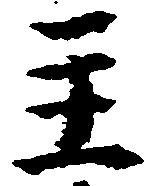
主